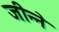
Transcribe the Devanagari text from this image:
जीन्ने